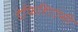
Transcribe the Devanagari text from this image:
डेफिशिएंसी